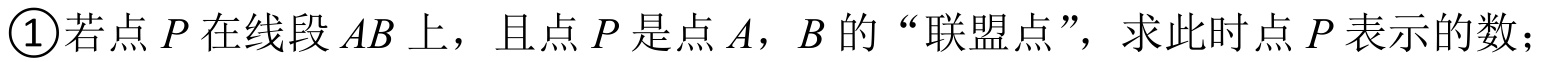
\textcircled{1}若点 \(P\) 在线段 \(AB\) 上，且点 \(P\) 是点 \(A\)，\(B\) 的“联盟点”，求此时点 \(P\) 表示的数；